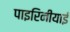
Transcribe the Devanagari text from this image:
पाइरिनीयाई